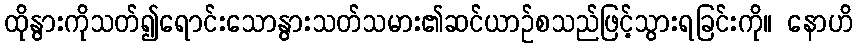
ထိုနွားကိုသတ်၍ရောင်းသောနွားသတ်သမား၏ဆင်ယာဉ်စသည်ဖြင့်သွားရခြင်းကို။ နောဟိ